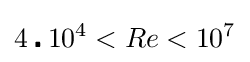
4\centerdot 10^{4}<Re<10^{7}